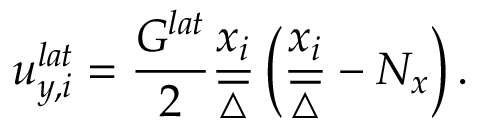
u _ { y , i } ^ { l a t } = \frac { G ^ { l a t } } { 2 } \frac { x _ { i } } { \overline { { \triangle } } } \left( \frac { x _ { i } } { \overline { { \triangle } } } - N _ { x } \right) .